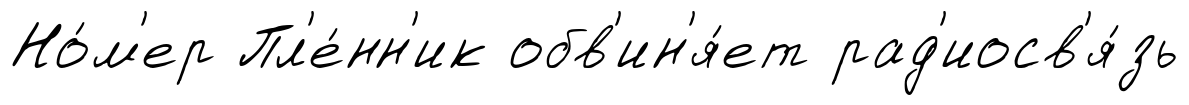
Но́м'ер Пл'е́нн'ик обв'ин'я́ет рад'иосв'я́зь